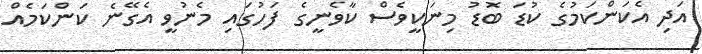
އަދި އެކަންކަމުގެ ކުޑަ ބޮޑު މިނަކީވެސް ކާވެނީގެ ފަހުގައި މެނުވީ އެގޭނެ ކަންކަމެއް